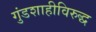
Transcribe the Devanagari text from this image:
गुंडशाहीविरुद्ध